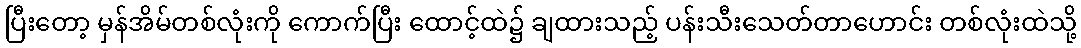
ပြီးတော့ မှန်အိမ်တစ်လုံးကို ကောက်ပြီး ထောင့်ထဲ၌ ချထားသည့် ပန်းသီးသေတ်တာဟောင်း တစ်လုံးထဲသို့